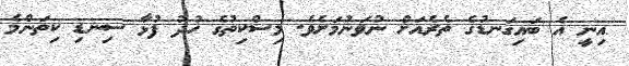
އިނީ އެ ބައިގަނޑުގެ ތެރެއަށް ނުވަނުމަށެވެ. މިސްކިތުގެ ހުދު ފުޅާ ސިނޑި ކިތަންމެ